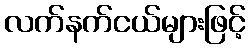
လက်နက်ငယ်များဖြင့်